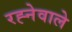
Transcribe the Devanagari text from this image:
रह्नेवाले